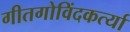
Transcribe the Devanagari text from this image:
गीतगोविंदकर्त्या